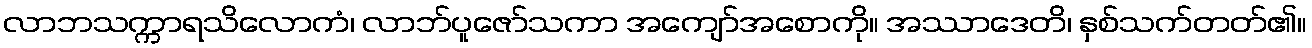
လာဘသက္ကာရသိလောကံ၊ လာဘ်ပူဇော်သကာ အကျော်အစောကို။ အဿာဒေတိ၊ နှစ်သက်တတ်၏။